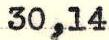
30,14